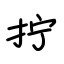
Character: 拧